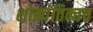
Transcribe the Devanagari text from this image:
शोकांतिकाच